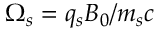
\Omega _ { s } = q _ { s } B _ { 0 } / m _ { s } c